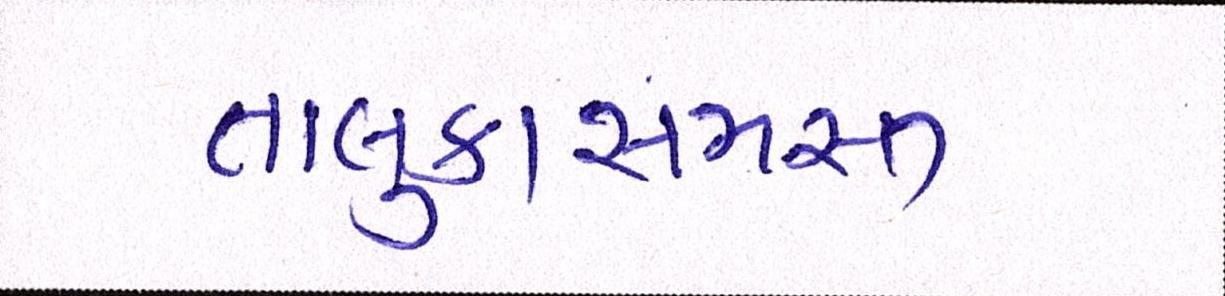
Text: તાલુકાસમસ્ત